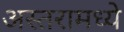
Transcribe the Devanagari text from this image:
अस्तरामध्ये